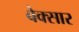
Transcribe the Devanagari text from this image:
बेक्सार